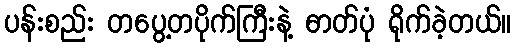
ပန်းစည်း တပွေ့တပိုက်ကြီးနဲ့ ဓာတ်ပုံ ရိုက်ခဲ့တယ်။